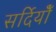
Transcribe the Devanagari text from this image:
सर्दियोँ